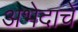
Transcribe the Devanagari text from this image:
अभेदाचें